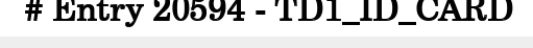
# Entry 20594 - TD1_ID_CARD